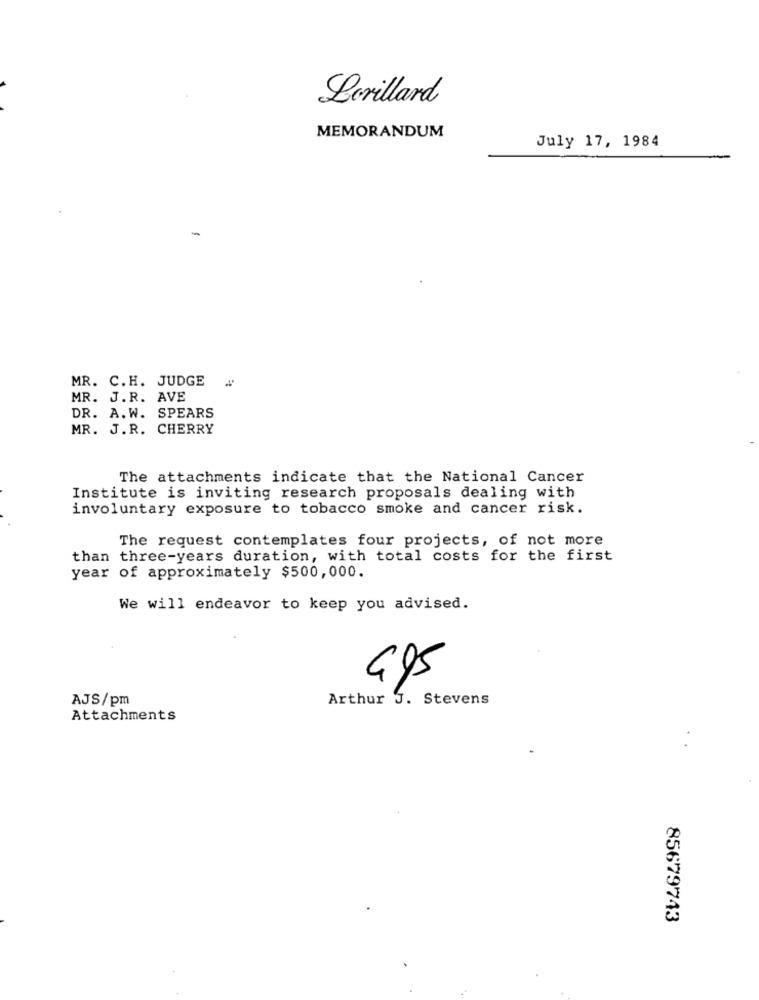
Lorillard
MEMORANDUM
July 17, 1984
MR. C.H. JUDGE
MR. J. R. AVE
DR. A. W. SPEARS
MR. J.R. CHERRY
The attachments indicate that the National Cancer
Institute is inviting research proposals dealing with
involuntary exposure to tobacco smoke and cancer risk.
The request contemplates four projects, of not more
than three-years duration, with total costs for the first
year of approximately $500,000.
We will endeavor to keep you advised.
495
AJS/pm
Arthur J. Stevens
Attachments
85679743